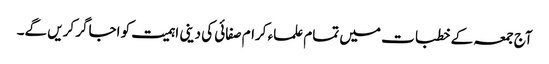
آج جمعہ کے خطبات میں تمام علماء کرام صفائی کی دینی اہمیت کو اجاگر کریں گے۔